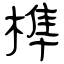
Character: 榫